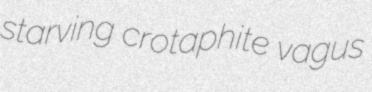
starving crotaphite vagus